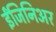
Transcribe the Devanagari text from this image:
ईंजिनिअर